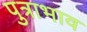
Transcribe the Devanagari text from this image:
पुत्राभाव